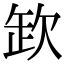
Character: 欫